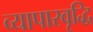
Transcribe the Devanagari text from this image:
व्यापारवृद्धि